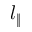
l _ { \| }